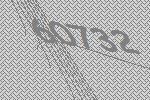
60732